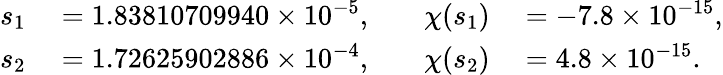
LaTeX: \begin{array}{rlrl}{s_{1}}&{{}=1.83810709940\times 10^{-5},}&{\quad\chi(s_{1})}&{{}=-7.8\times 10^{-15},}\\ {s_{2}}&{{}=1.72625902886\times 10^{-4},}&{\quad\chi(s_{2})}&{{}=4.8\times 10^{-15}.}\end{array}